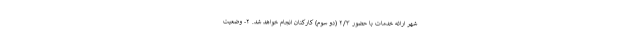
شهر ارائه خدمات با حضور ۲/۳ (دو سوم) کارکنان انجام خواهد شد. ۲- وضعیت